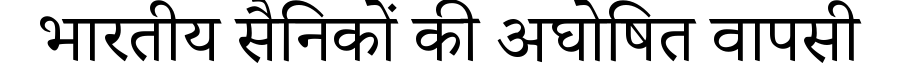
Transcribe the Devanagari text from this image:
भारतीय सैनिकों की अघोषित वापसी